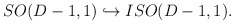
\begin{align*}SO(D-1,1)\hookrightarrow ISO(D-1,1). \end{align*}